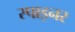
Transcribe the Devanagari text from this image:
स्पाइनर